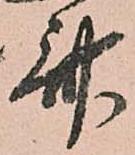
斎